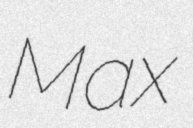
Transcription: Max